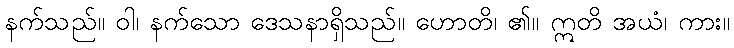
နက်သည်။ ဝါ၊ နက်သော ဒေသနာရှိသည်။ ဟောတိ၊ ၏။ ဣတိ အယံ၊ ကား။